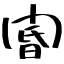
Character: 閽